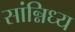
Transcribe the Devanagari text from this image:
सांन्निध्य